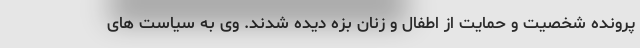
پرونده شخصیت و حمایت از اطفال و زنان بزه دیده شدند. وی به سیاست های